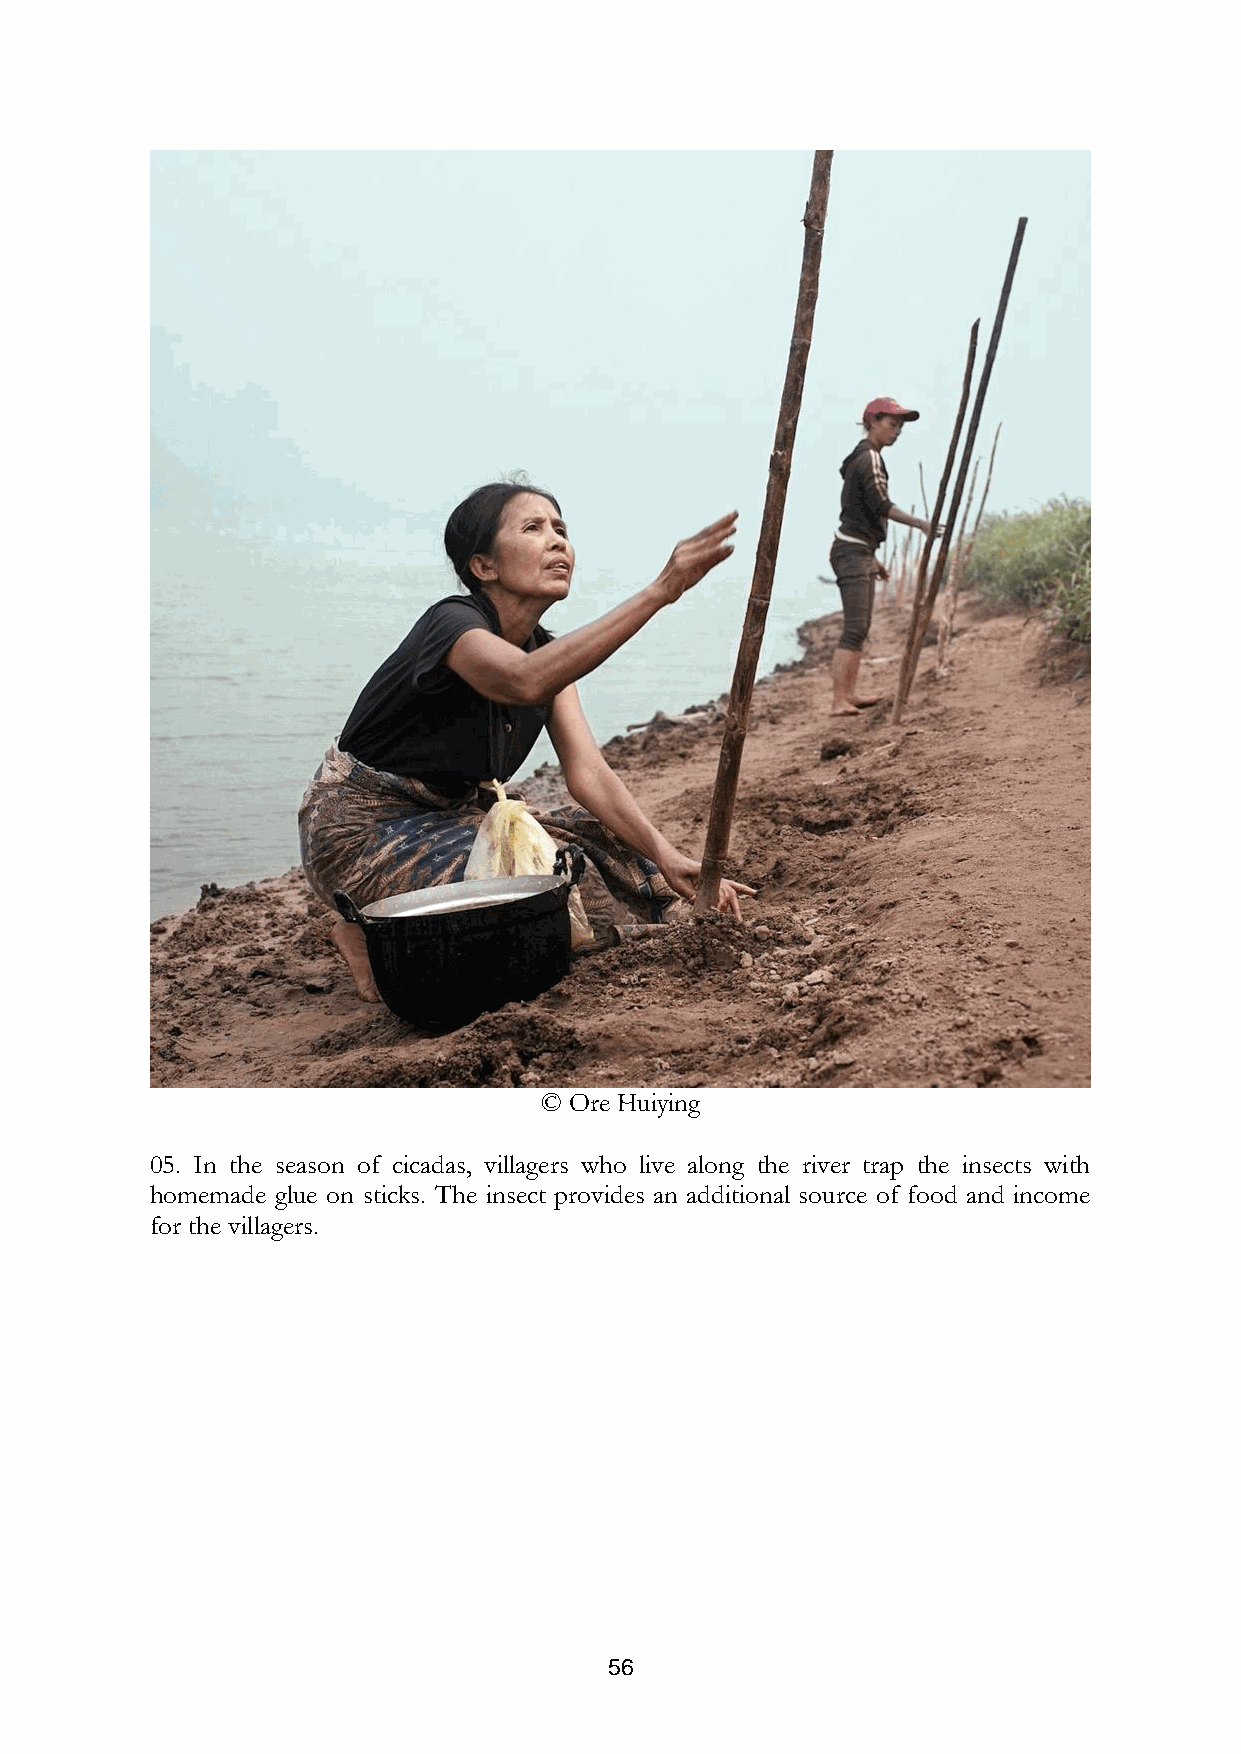
© Ore Huiying
 05. In the season of cicadas, villagers who live along the river trap the insects with
 homemade glue on sticks. The insect provides an additional source of food and income
 for the villagers.
 56